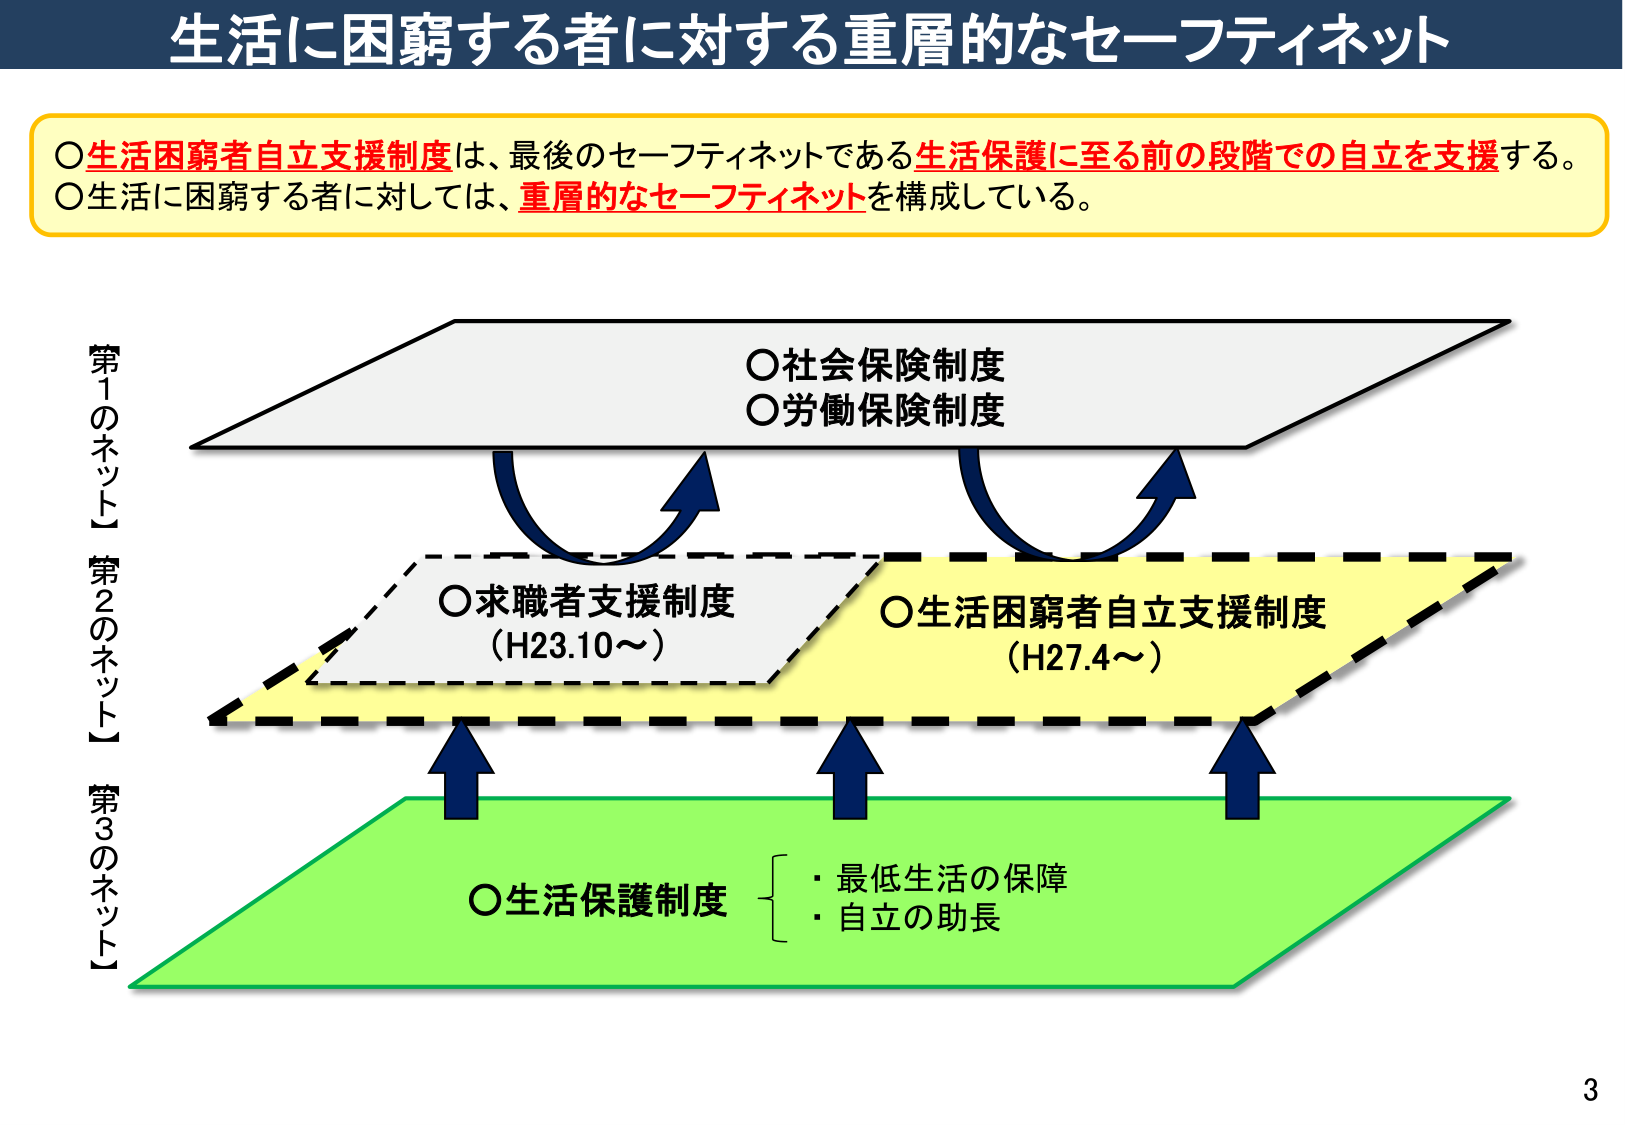
生活に困窮する者に対する重層的なセーフティネット

○生活困窮者自立支援制度は、最後のセーフティネットである生活保護に至る前の段階での自立を支援する。
○生活に困窮する者に対しては、重層的なセーフティネットを構成している。

【第1のネット】
○社会保険制度
○労働保険制度

【第2のネット】
○求職者支援制度
（H23.10～）
○生活困窮者自立支援制度
（H27.4～）

【第3のネット】
○生活保護制度
・最低生活の保障
・自立の助長

3